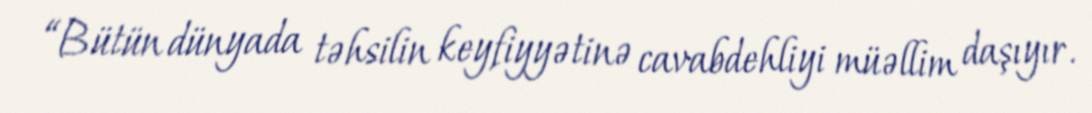
“Bütün dünyada təhsilin keyfiyyətinə cavabdehliyi müəllim daşıyır.